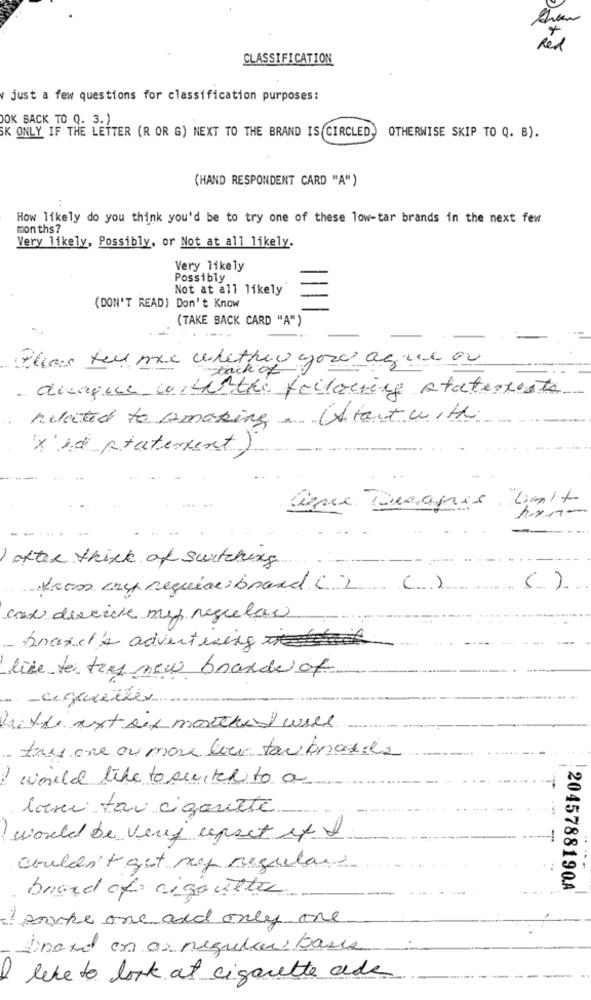
Red
CLASSIFICATION
v just a few questions for classification purposes:
JOK BACK TO Q. 3.)
SK ONLY IF THE LETTER (R OR G) NEXT TO THE BRAND IS CIRCLED,
OTHERWISE SKIP TO Q. B).
(HAND RESPONDENT CARD "A")
How likely do you think you'd be to try one of these low-tar brands in the next few
months?
Very likely, Possibly, or Not at all likely.
Very likely
Possibly
Not at all likely
(DON'T READ) Don't Know
(TAKE BACK CARD "A")
These tell me whether you agree 00
tack of
divaque celuithe feilacting staterteste
related to Amaking. (Startwith
x xd statement)
Cience Turages "Unit
after think of switching
Krom cryp requiacibrand () ()
()
cox descrive myp regular
- brand's advertising
like to tres new brander of
-cigarettes
haithe next six monthed well
- tres one or more love tau brasil
would like to switch to a
loni tri cigarette
would be verf upset if I
couldn't get muy regulars
brand of cigouttes
2045788190A
parke one and only one
Praxe on a regular basis
10
like to look at cigarette ade